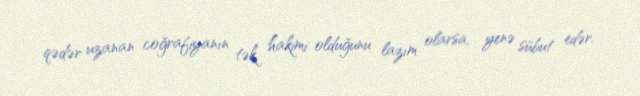
qədər uzanan coğrafiyanın tək hakimi olduğunu lazım olarsa, yenə sübut edər.